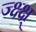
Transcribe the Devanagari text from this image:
ज्क्ष्क्ष्